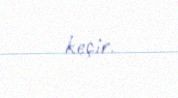
keçir.